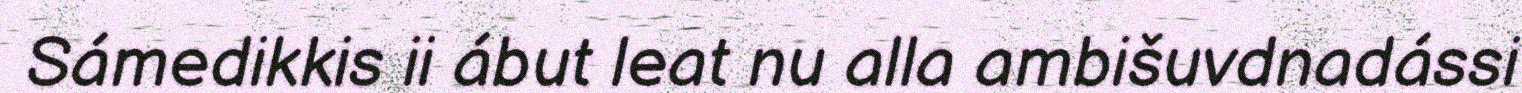
Sámedikkis ii ábut leat nu alla ambišuvdnadássi